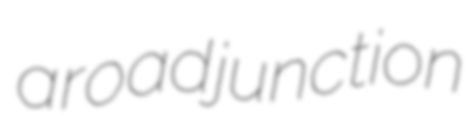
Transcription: a road junction